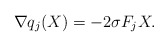
\begin{align*}\nabla q_j(X)=-2 \sigma F_j X. \end{align*}